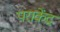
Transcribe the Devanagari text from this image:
पराकेंद्र